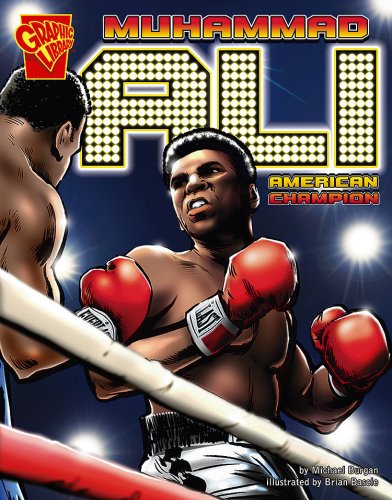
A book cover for Muhammad Ali: American Champion (Graphic Biographies); Michael Burgan; Children's Books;